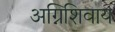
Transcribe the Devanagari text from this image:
अग्निशिवाय